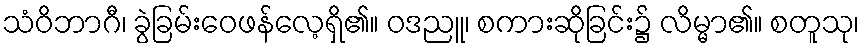
သံဝိဘာဂီ၊ ခွဲခြမ်းဝေဖန်လေ့ရှိ၏။ ဝဒညူ၊ စကားဆိုခြင်း၌ လိမ္မာ၏။ စတူသု၊